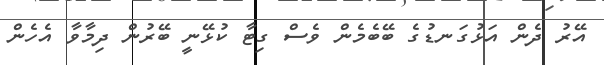
އޭރު ދެން އަޅުގަނޑުގެ ބޭބެމެން ވެސް ގިޓާ ކުޅޭނީ ބޭރުން ދިމާވާ އެހެން